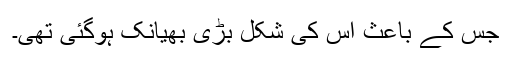
جس کے باعث اس کی شکل بڑی بھیانک ہوگئی تھی۔